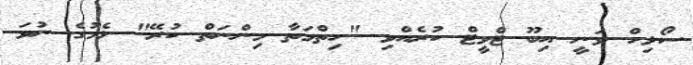
ސޯލިހް ވަނީ އިބޫ ޓްވީޓް ކުރެއްވި "ހިތްމަތާ މިންނަތް ކުރޭ" ޅެމުގެ ނުވަ